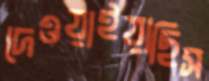
দেওয়াইয়াছিস